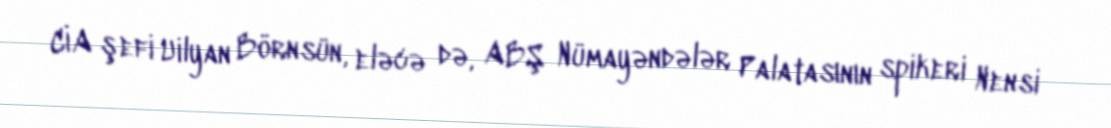
CİA şefi Uilyan Börnsün, eləcə də, ABŞ Nümayəndələr Palatasının spikeri Nensi